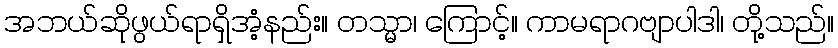
အဘယ်ဆိုဖွယ်ရာရှိအံ့နည်း။ တသ္မာ၊ ကြောင့်။ ကာမရာဂဗျာပါဒါ၊ တို့သည်။